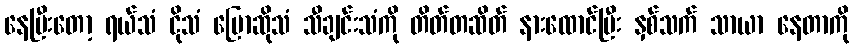
နေပြီးတော့ ရယ်သံ ငိုသံ ပြောဆိုသံ သီချင်းသံကို တိတ်တဆိတ် နားထောင်ပြီး နှစ်သက် သာယာ နေတာကို